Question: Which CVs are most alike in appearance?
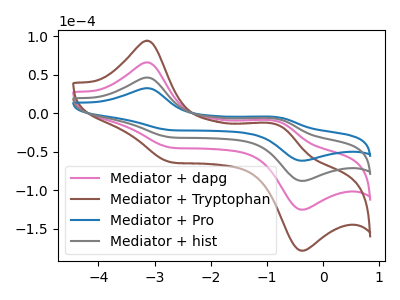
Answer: <think>The pink curve "Mediator + dapg" has anodic peaks at (-3.10V, 92.65uA) (-0.85V, -14.30uA) and cathodic peaks at (-2.65V, -63.15uA) (-0.40V, -175.75uA). The brown curve "Mediator + Tryptophan" has anodic peaks at (-3.10V, 138.95uA) (-0.85V, -21.45uA) and cathodic peaks at (-2.65V, -94.75uA) (-0.40V, -263.65uA). The blue curve "Mediator + Pro" has anodic peaks at (-3.10V, 32.50uA) (-0.85V, -5.00uA) and cathodic peaks at (-2.65V, -22.15uA) (-0.40V, -61.65uA). The gray curve "Mediator + hist" has anodic peaks at (-3.10V, 46.30uA) (-0.85V, -7.15uA) and cathodic peaks at (-2.65V, -31.60uA) (-0.40V, -87.90uA).
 All the peaks in "Mediator + dapg" have a peak in "Mediator + Tryptophan" at the same potential. All the peaks in "Mediator + dapg" have a peak in "Mediator + Pro" at the same potential. All the peaks in "Mediator + dapg" have a peak in "Mediator + hist" at the same potential. All the peaks in "Mediator + Tryptophan" have a peak in "Mediator + Pro" at the same potential. All the peaks in "Mediator + Tryptophan" have a peak in "Mediator + hist" at the same potential. All the peaks in "Mediator + Pro" have a peak in "Mediator + hist" at the same potential.</think>
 <answer>"Mediator + Pro", "Mediator + dapg", "Mediator + Tryptophan" and "Mediator + hist" have the same shape and are likely CV's of the same chemical.</answer>
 <eval>"Mediator + Pro" "Mediator + dapg" "Mediator + Tryptophan" "Mediator + hist"</eval>